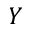
Y